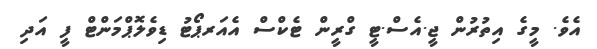
އެވެ. މީގެ އިތުރުން ޖީ.އެސް.ޓީ ގްރީން ޓެކްސް އެއަރޕޯޓު ޑިވެލޮޕްމަންޓް ފީ އަދި